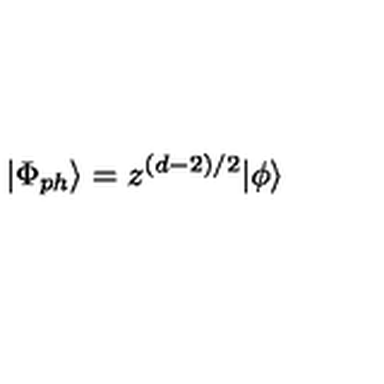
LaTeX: | \Phi _ { p h } \rangle = z ^ { ( d - 2 ) / 2 } | \phi \rangle